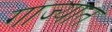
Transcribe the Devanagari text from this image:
गाज्यात